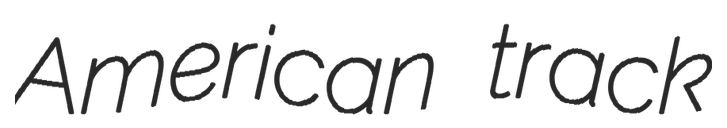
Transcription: American track